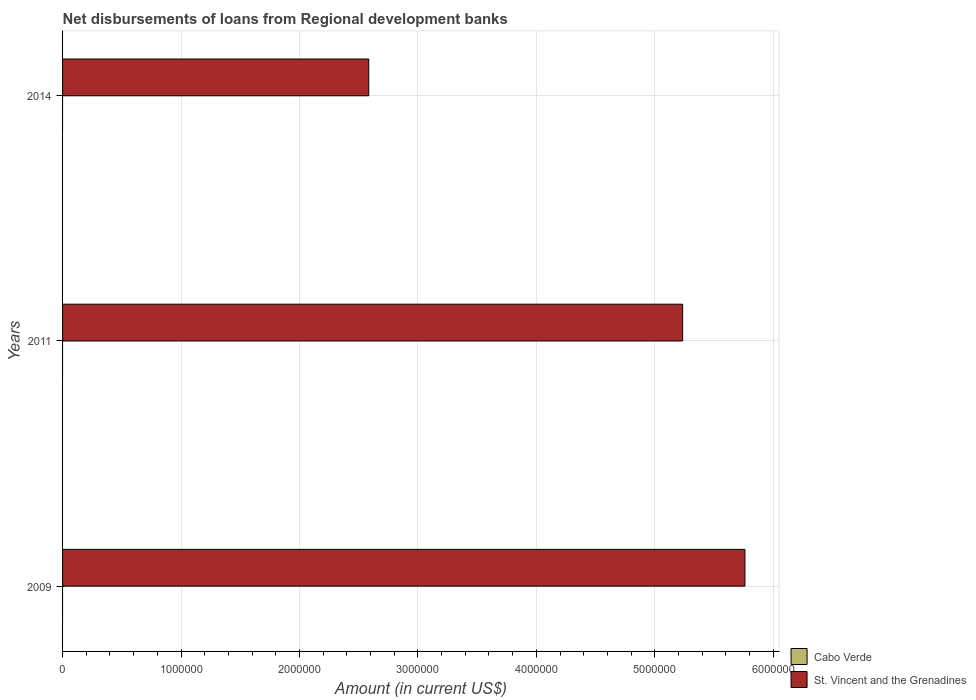
| Years | Cabo Verde | St. Vincent and the Grenadines |
 | --- | --- | --- |
 | 2009 | -1.52e+06 | 5.76e+06 |
 | 2011 | -2.72e+06 | 5.24e+06 |
 | 2014 | -1.13e+06 | 2.58e+06 |